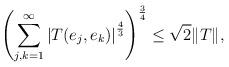
LaTeX: \begin{align*}\left( \sum_{j,k=1}^{\infty}\left| T(e_{j},e_{k})\right| ^{\frac{4}{3}}\right) ^{\frac{3}{4}}\leq\sqrt{2}\|T\|,\end{align*}